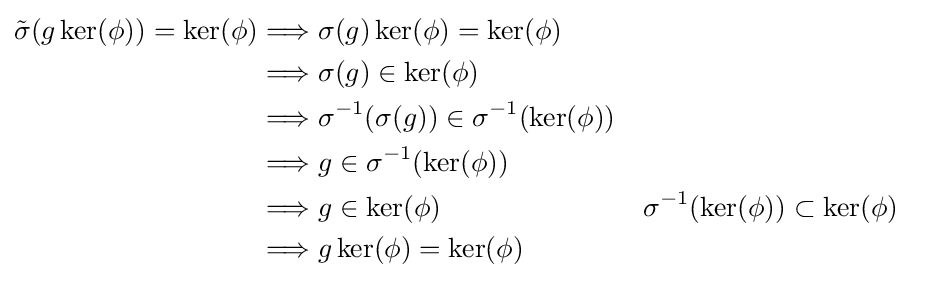
{\begin{aligned}{\tilde {\sigma }}(g\ker(\phi ))=\ker(\phi )&\Longrightarrow \sigma (g)\ker(\phi )=\ker(\phi )\\&\Longrightarrow \sigma (g)\in \ker(\phi )\\&\Longrightarrow \sigma ^{-1}(\sigma (g))\in \sigma ^{-1}(\ker(\phi ))\\&\Longrightarrow g\in \sigma ^{-1}(\ker(\phi ))\\&\Longrightarrow g\in \ker(\phi )&&\sigma ^{-1}(\ker(\phi ))\subset \ker(\phi )\\&\Longrightarrow g\ker(\phi )=\ker(\phi )\end{aligned}}